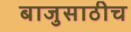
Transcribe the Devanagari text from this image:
बाजुसाठीच